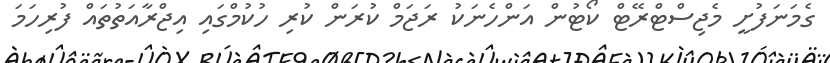
ގެމަނަފުށީ މެޖިސްޓްރޭޓް ކޯޓުން އަންހެނަކު ރަޖަމް ކުރަން ކުރި ހުކުމްގައި އިޖްރާއަތުތައް ފުރިހަމަ